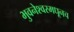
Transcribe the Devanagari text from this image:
भुवनेश्वरमधूनच